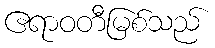
ဧရာဝတီမြစ်သည်